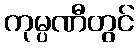
ကုမ္ပဏီတွင်